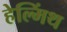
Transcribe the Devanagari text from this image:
हेल्मिंथ